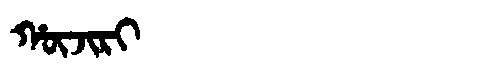
Manchu: ᡥᡡᠵᡳᡵᡳ
Romanization: HŪJIRI